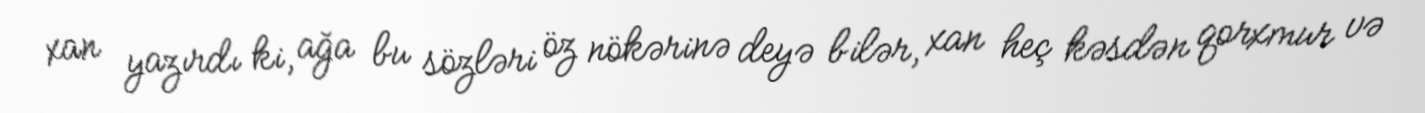
xan yazırdı ki, ağa bu sözləri öz nökərinə deyə bilər, xan heç kəsdən qorxmur və